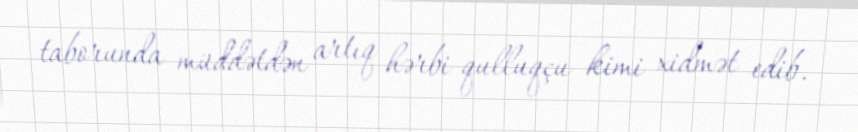
taborunda müddətdən artıq hərbi qulluqçu kimi xidmət edib.